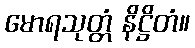
မောရသုတ္တံ နိဋ္ဌိတံ။